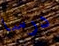
درسا